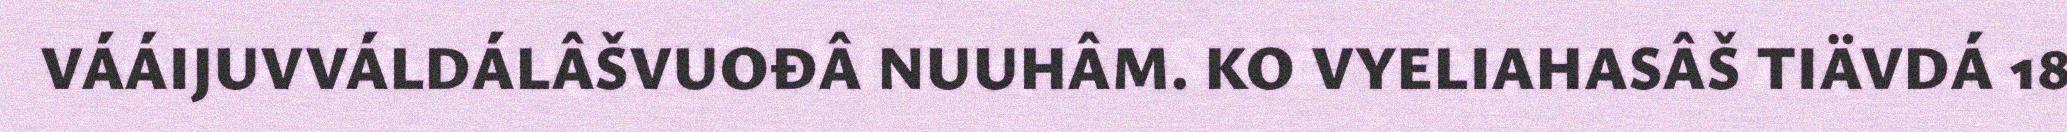
VÁÁIJUVVÁLDÁLÂŠVUOĐÂ NUUHÂM. KO VYELIAHASÂŠ TIÄVDÁ 18